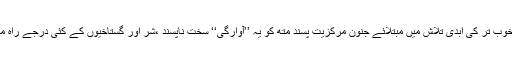
خوب سے خوب تر کی ابدی تلاش میں مبتلائے جنون مرکزیت پسند متھ کو یہ ’’آوارگی‘‘ سخت ناپسند ،شر اور گستاخیوں کے کئی درجے راہ میں آتے ہیں۔